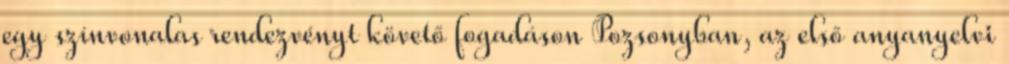
egy színvonalas rendezvényt követő fogadáson Pozsonyban, az első anyanyelvi